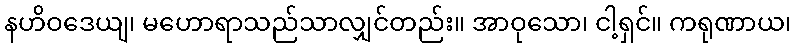
နဟိဝဒေယျ၊ မဟောရာသည်သာလျှင်တည်း။ အာဝုသော၊ ငါ့ရှင်။ ကရုဏာယ၊